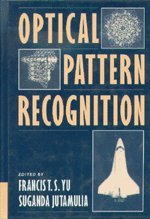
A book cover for Optical Pattern Recognition; Computers & Technology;